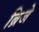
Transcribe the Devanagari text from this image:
ब्रिजे